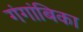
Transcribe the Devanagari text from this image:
गंगांबिका